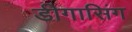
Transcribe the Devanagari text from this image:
डीगासिंग